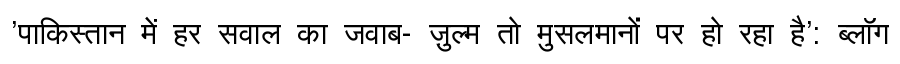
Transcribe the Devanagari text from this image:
'पाकिस्तान में हर सवाल का जवाब- ज़ुल्म तो मुसलमानों पर हो रहा है': ब्लॉग